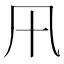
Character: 𭂩